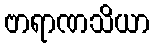
ဗာရာဏသိယာ